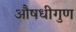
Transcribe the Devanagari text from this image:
औषधीगुण